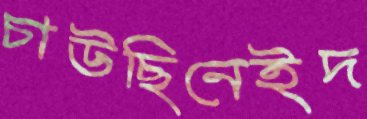
চাউছিনেইদ